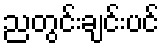
ညတွင်းချင်းပင်